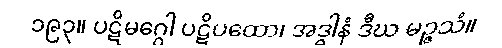
၁၉၃။ ပဋိမဂ္ဂေါ ပဋိပထော၊ အဒ္ဓါနံ ဒီဃ မဉ္ဇသံ။